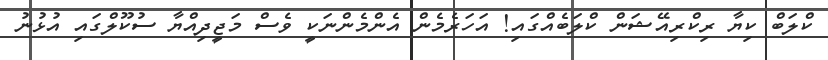
ކްލަބް ކިޔާ ރިކްރިއޭޝަން ކްލަބެއްގައި! އަހަރެމެން އެންމެންނަކީ ވެސް މަޖީދިއްޔާ ސުކޫލްގައި އުޅުނު